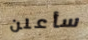
سأعلن